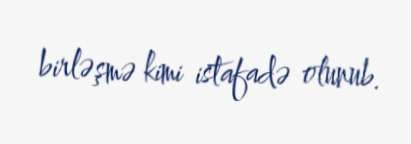
birləşmə kimi istafadə olunub.